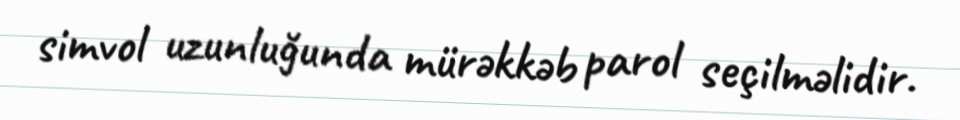
simvol uzunluğunda mürəkkəb parol seçilməlidir.